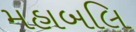
મહાબલિ